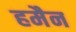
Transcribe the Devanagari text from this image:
हमैन